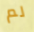
لم